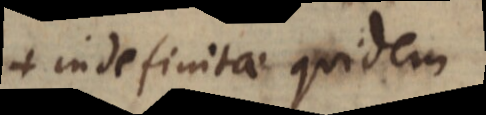
+ indefinitae quidem